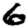
Digit: 6